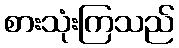
စားသုံးကြသည်